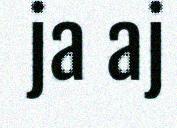
ja aj